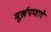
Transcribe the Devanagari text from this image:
मूर्खपणाचे